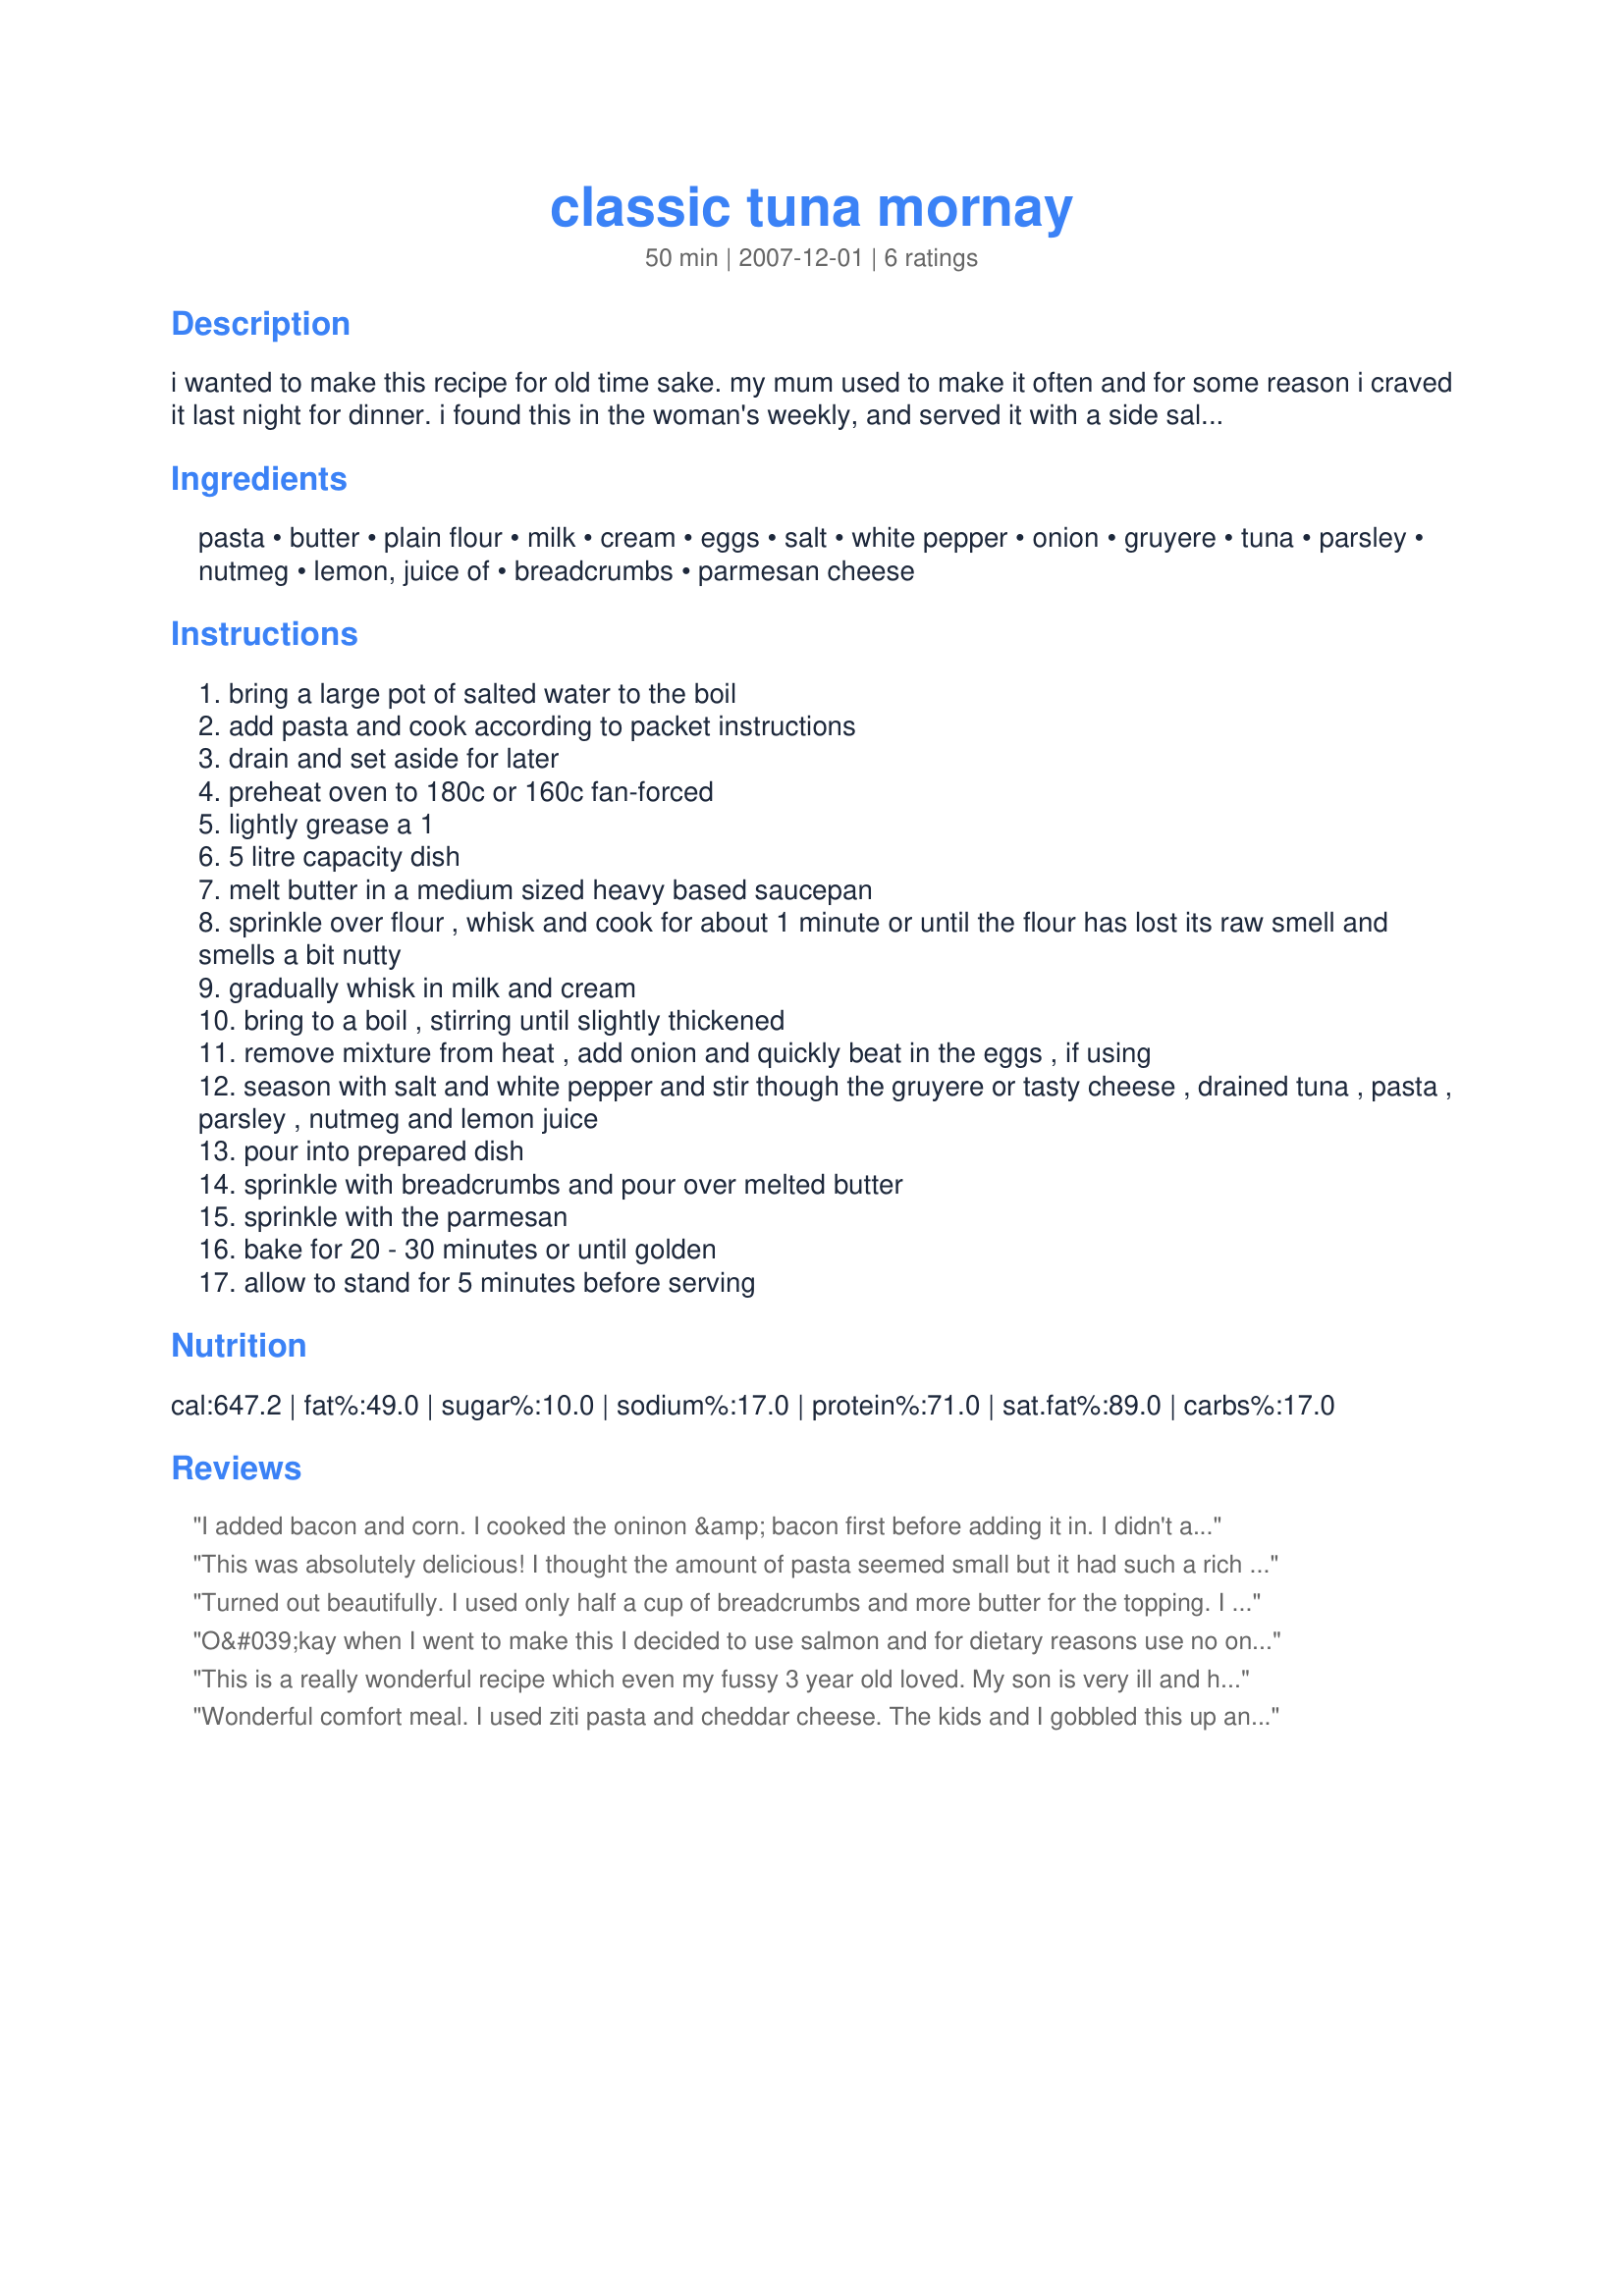
classic tuna mornay
Preparation time: 50 minutes

i wanted to make this recipe for old time sake. my mum used to make it often and for some reason i craved it last night for dinner. i found this in the woman's weekly, and served it with a side salad. i had never made it for the family before, but i think it may be on our menu a little more often now. i actaully used leftovers the next day for a picnic, i liked it cold and might add a few vegies next time for a tuna slice for a picnic. the pasta i used was penne the original recipe suggests tortiglioni. tuna should be in brine or spring-water.

Ingredients:
pasta, butter, plain flour, milk, cream, eggs, salt, white pepper, onion, gruyere, tuna, parsley, nutmeg, lemon, juice of, breadcrumbs, parmesan cheese

Steps:
bring a large pot of salted water to the boil
add pasta and cook according to packet instructions
drain and set aside for later
preheat oven to 180c or 160c fan-forced
lightly grease a 1
5 litre capacity dish
melt butter in a medium sized heavy based saucepan
sprinkle over flour , whisk and cook for about 1 minute or until the flour has lost its raw smell and smells a bit nutty
gradually whisk in milk and cream
bring to a boil , stirring until slightly thickened
remove mixture from heat , add onion and quickly beat in the eggs , if using
season with salt and white pepper and stir though the gruyere or tasty cheese , drained tuna , pasta , parsley , nutmeg and lemon juice
pour into prepared dish
sprinkle with breadcrumbs and pour over melted butter
sprinkle with the parmesan
bake for 20 - 30 minutes or until golden
allow to stand for 5 minutes before serving

Reviews:
I added bacon and corn. I cooked the oninon &amp; bacon first before adding it in. I didn't add nutmeg. It was incredible!
This was absolutely delicious! I thought the amount of pasta seemed small but it had such a rich creamy sauce that small portions were necessary. I used one tin of normal tuna and one of smoked tuna and it added an extra flavour to the wonderful sauce. My only change was to the amount of breadcrumbs, I only used about half a cup since it seemed a rather generous amount. My kids ate it up and my sister in law who also made the recipe (and had it devoured by everyone including a nineteen month old) said 5 stars as well. Thanks for the recipe!
Turned out beautifully. I used only half a cup of breadcrumbs and more butter for the topping. I forgot the lemon juice and think this will make it even more delicious next time.
O&#039;kay when I went to make this I decided to use salmon and for dietary reasons use no onion and to use the tasty cheese option and also use tasty cheese for the parmesan as my lot hate parmesan calling it stinky or spewy cheese and had to omit the parsley as our parsley bushes were decimated in our recent heart wave but hopefully with the recent rains will be on the way the recovery but I had a huge problem with making the white/cheese sauce it was so lumpy even after beating it well with a whisk and did not thicken as much as I would like but went ahead and added the cheese and then found a big lump of flour on the side of the pot and knew it would not thicken so made a thick roux and added some of the cheese sauce to it and then added it back into the other pot and got a thicker sauce but not has thick as expected. Drained the cooked pasta and returned to its pot and then added the salmon mornay mix and put in prepared dish but it nearly overflowed so transferred to a bigger dish and put bread crumbs over but didn&#039;t have enough in the cup to processed another 2 slices bread (wholemeal/wholegrain) [initially processed 4 slices] and followed through with butter and cheese and baked at 175C fan force for 40 minutes but, my dish was ready an hour prior to that for going in the oven and the top was lovely and crispy and I thoroughly enjoyed the end result but others would have preferred without the bread crumbs and just had a heap of cheese on top which is how I usually make it. I also had 2 serves left over and served with a garden salad and coleslaw. Thank you Tisme for a recipe which I think is better than the one I normally make myself but others thought otherwise (maybe they were being kind but knowing them so I doubt), made for Make My Recipe tag game.
This is a really wonderful recipe which even my fussy 3 year old loved. My son is very ill and he just really got stuck into it. Many thanks truly
Wonderful comfort meal. I used ziti pasta and cheddar cheese. The kids and I gobbled this up and I'll definitely make again soon. Good instructions - and do what Tisme suggests and make your own breadcrumbs - much better than store-bought.
